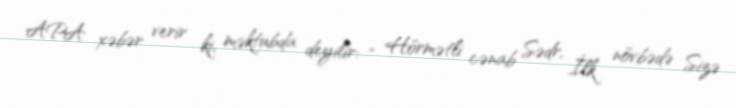
APA xəbər verir ki, məktubda deyilir: “ Hörmətli cənab Sədr, İlk növbədə Sizə